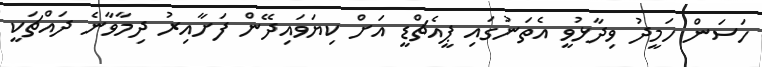
ހަސަން ހަމީދު ވިދާޅުވީ އެތަނުގައި ޕީއެޗްޑީ އަށް ކިޔަވައިދޭން ފަށާއިރު ދިމާވާނެ ދައްޗަކީ